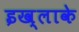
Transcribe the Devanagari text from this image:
इख्लाके